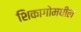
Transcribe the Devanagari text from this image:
शिकागोमधील